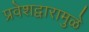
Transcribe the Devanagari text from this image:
प्रवेशद्वारामुळे